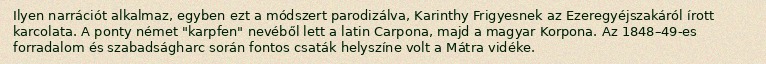
Ilyen narrációt alkalmaz, egyben ezt a módszert parodizálva, Karinthy Frigyesnek az Ezeregyéjszakáról írott karcolata. A ponty német "karpfen" nevéből lett a latin Carpona, majd a magyar Korpona. Az 1848–49-es forradalom és szabadságharc során fontos csaták helyszíne volt a Mátra vidéke.